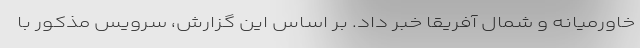
خاورمیانه و شمال آفریقا خبر داد. بر اساس این گزارش، سرویس مذکور با